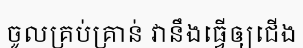
ចូលគ្រប់គ្រាន់ វានឹងធ្វើឲ្យជើង